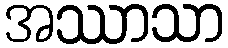
အဿာသာ